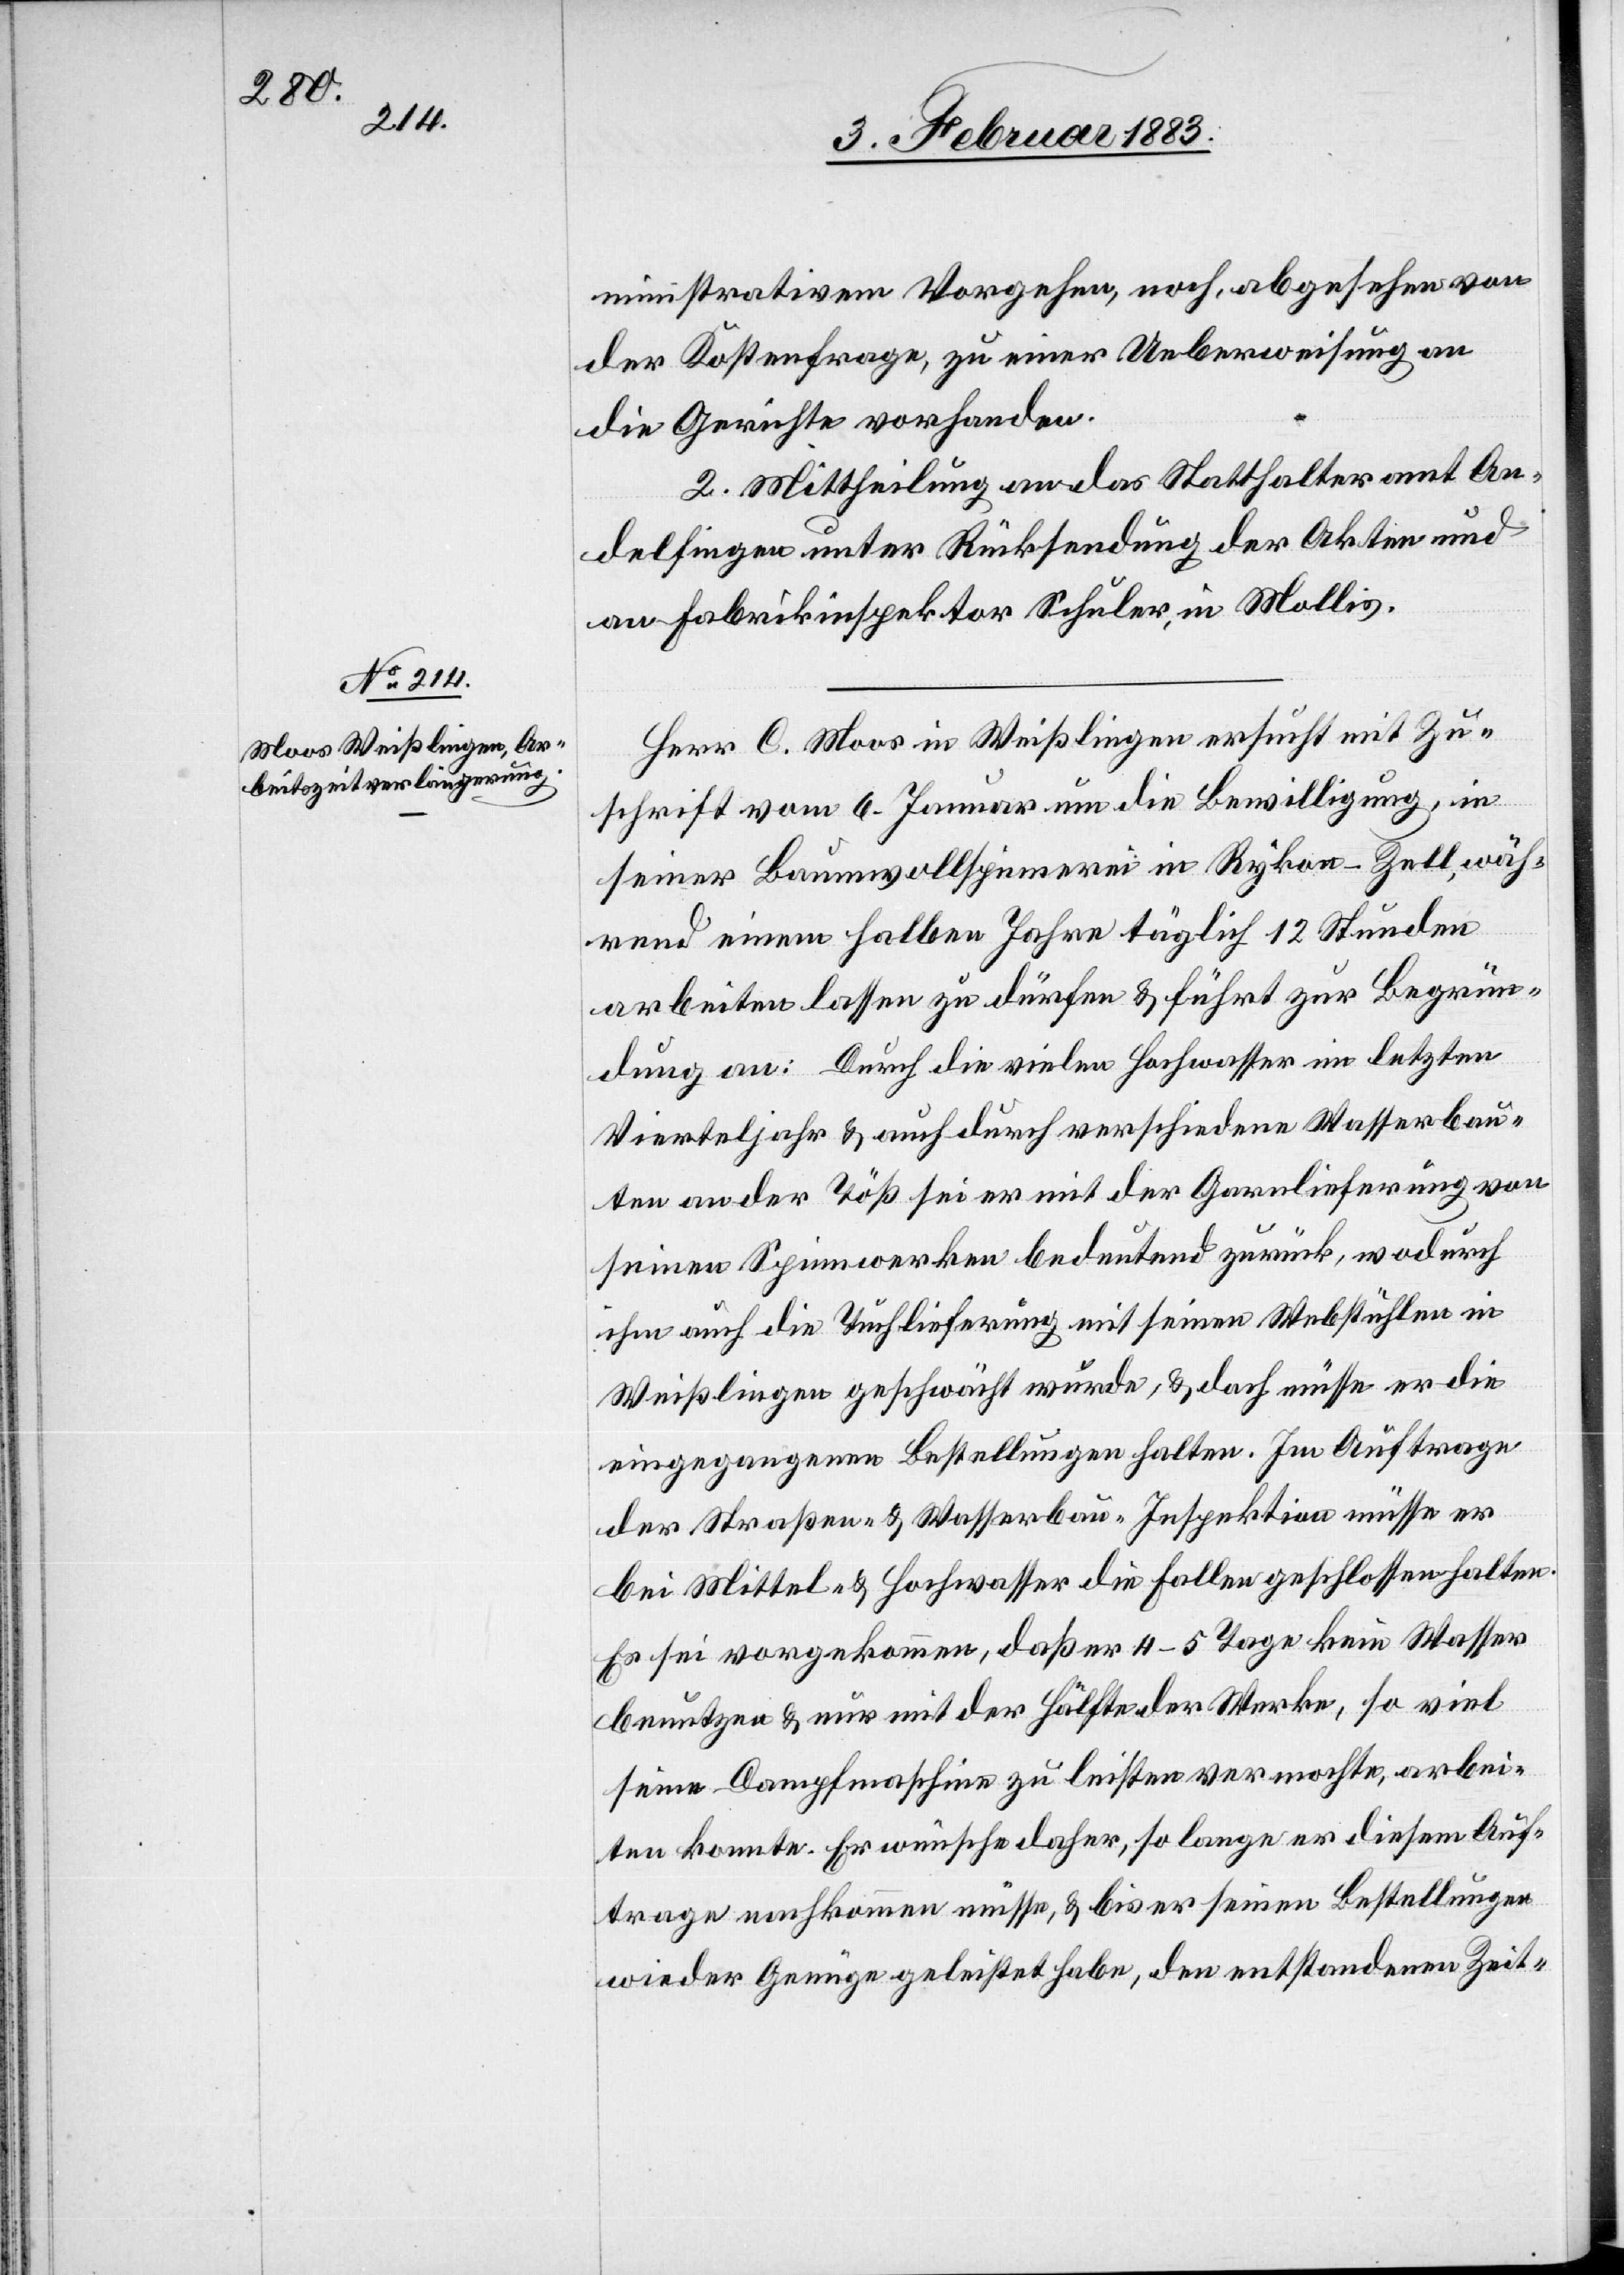
ministrativem Vorgehen, noch, abgesehen von
der Kostenfrage, zu einer Ueberweisung an
die Gerichte vorhanden.
2. Mittheilung an das Statthalteramt An¬
delfingen unter Rücksendung der Akten und
an Fabrikinspektor Schuler, in Mollis.
Herr C. Moos in Weißlingen ersucht mit Zu¬
schrift vom 6. Januar um die Bewilligung, in
seiner Baumwollspinnerei in Rykon - Zell, wäh¬
rend einem halben Jahre täglich 12 Stunden
arbeiten lassen zu dürfen & führt zur Begrün¬
dung an: Durch die vielen Hochwasser im letzten
Vierteljahr & auch durch verschiedene Wasserbau¬
ten an der Töß sei er mit der Garnlieferung von
seinen Spinnwerken bedeutend zurück, wodurch
ihm auch die Tuchlieferung mit seinen Webstühlen in
Weißlingen geschwächt wurde, & doch müsse er die
eingegangenen Bestellungen halten. Im Auftrage
der Straßen- & Wasserbau-Inspektion müsse er
bei Mittel- & Hochwasser die Fallen geschlossen halten.
Es sei vorgekommen, daß er 4–5 Tage kein Wasser
benutzen & nur mit der Hälfte der Werke, so viel
seine Dampfmaschine zu leisten vermochte, arbei¬
ten konnte. Er wünsche daher, so lange er diesem Auf¬
trage nachkommen müsse, & bis er seinen Bestellungen
wieder Genüge geleistet habe, den entstandenen Zeit-